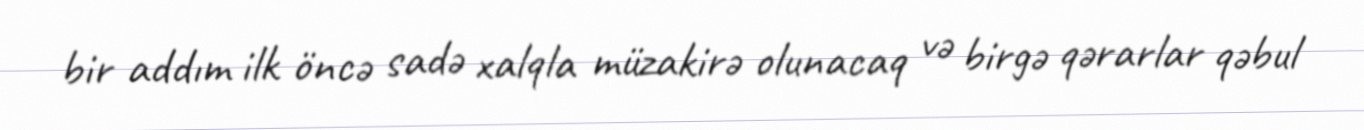
bir addım ilk öncə sadə xalqla müzakirə olunacaq və birgə qərarlar qəbul